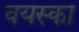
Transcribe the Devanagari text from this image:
वयस्का